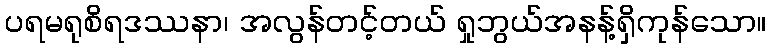
ပရမရုစိရဒဿနာ၊ အလွန်တင့်တယ် ရှုဘွယ်အနန့်ရှိကုန်သော။